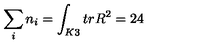
\sum _ { i } n _ { i } = \int _ { K 3 } t r R ^ { 2 } = 2 4